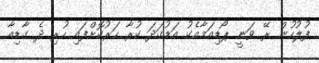
ފުލުހުން ރޭ ވަނީ ޕޯޑިއަމާއެކު އަޑުގަދަ ކުރާ ހަރުކޮށްފައި ހުރި ދެ ގާޑިއާ